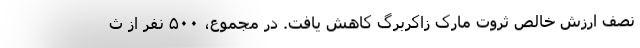
نصف ارزش خالص ثروت مارک زاکربرگ کاهش یافت. در مجموع، ۵۰۰ نفر از ث